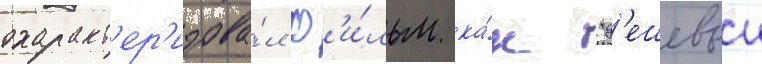
охаракт'ер'изова́л ф'и́льм ка́к "д'ешевыи